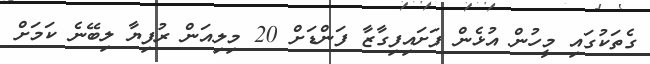
ގެތަކުގައި މީހުން އުޅެން ފަށައިފިގާޒާ ފަންޑަށް 20 މިލިއަން ރުފިޔާ ލިބޭނެ ކަމަށް